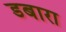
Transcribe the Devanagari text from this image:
डबारा